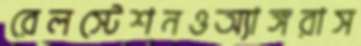
রেলস্টেশনওঅ্যাঙ্গরাস